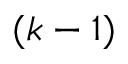
( k - 1 )